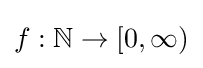
f:\mathbb {N} \to [0,\infty )